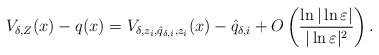
\begin{align*}V_{\delta,Z}(x)-q(x)=V_{\delta, z_i, \hat{q}_{\delta,i}, z_i}(x)-\hat{q}_{\delta,i}+O\left( \frac{\ln|\ln\varepsilon|}{|\ln\varepsilon|^2}\right).\end{align*}